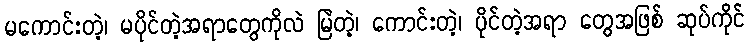
မကောင်းတဲ့၊ မပိုင်တဲ့အရာတွေကိုလဲ မြဲတဲ့၊ ကောင်းတဲ့၊ ပိုင်တဲ့အရာ တွေအဖြစ် ဆုပ်ကိုင်